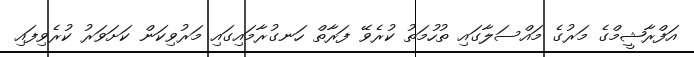
އަފްރާޝީމްގެ މަރުގެ މައްސަލާގައި ތުހުމަތު ކުރެވޭ ފަރާތް ހަނގުރާމައިގައި މަރުވިކަން ކަށަވަރު ކުރެވިފައި